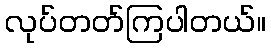
လုပ်တတ်ကြပါတယ်။